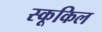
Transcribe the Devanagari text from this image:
स्कूकिल